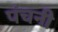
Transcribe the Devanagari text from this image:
पंचनी